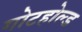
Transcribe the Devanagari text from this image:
गोटहोल्ड